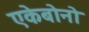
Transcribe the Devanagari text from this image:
एकेबोनो